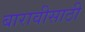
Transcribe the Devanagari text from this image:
बारावीसाठी